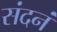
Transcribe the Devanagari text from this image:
संदनं